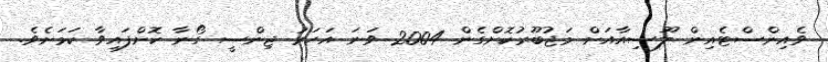
ވެއިންސްޓެއިން ލޫސިއާއަށް މަޖުބޫރުކޮށްގެން 2004 ވަނަ އަހަރު ޖިންސީ ގޯނާ ކޮށްފައިވާ ކަަމަށެވެ.